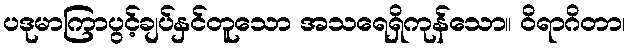
ပဒုမာကြာပွင့်ချပ်နှင်တူသော အသရေရှိကုန်သော။ ဝိရာဂိတာ၊